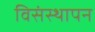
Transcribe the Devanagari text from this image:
विसंस्थापन